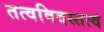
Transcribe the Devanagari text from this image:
तत्वविदस्तत्वं